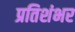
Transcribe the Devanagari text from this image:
प्रतिशंभर